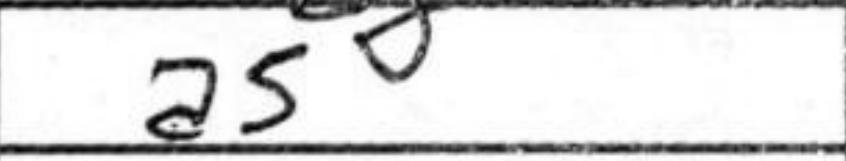
Transcription: a5